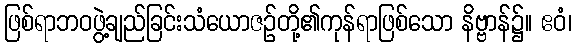
ဖြစ်ရာဘဝဖွဲ့ချည်ခြင်းသံယောဇဉ်တို့၏ကုန်ရာဖြစ်သော နိဗ္ဗာန်၌။ ဧဝံ၊